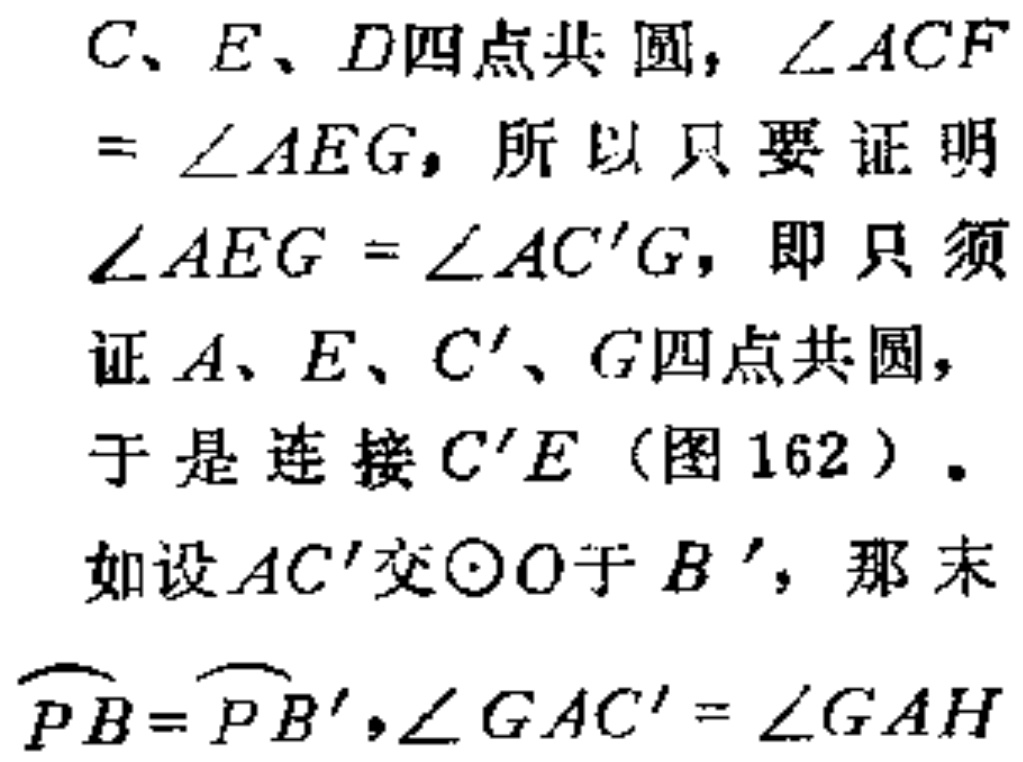
C、E、D四点共圆，\(\angle ACF = \angle AEG\)，所以只要证明

\(\angle AEG = \angle AC'G\)，即只须

证\(A、E、C'、G\)四点共圆，

于是连接\(C'E\)（图162）。

如设\(AC'\)交\(\odot O\)于\(B'\)，那末

\(\overset{\frown}{PB}=\overset{\frown}{PB'}\)，\(\angle GAC' = \angle GAH\)